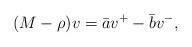
LaTeX: \begin{align*} (M-\rho)v=\bar{a}v^+-\bar{b}v^-,\end{align*}